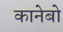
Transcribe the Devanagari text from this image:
कानेबो